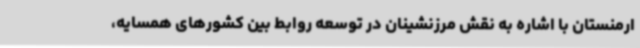
ارمنستان با اشاره به نقش مرزنشینان در توسعه روابط بین کشورهای همسایه،